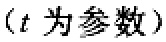
（\(t\)为参数）